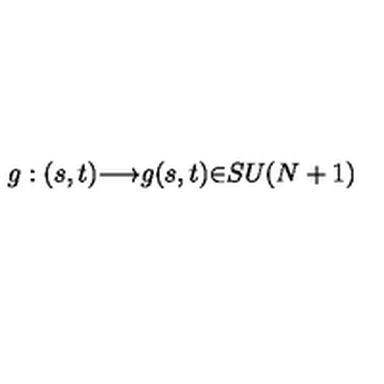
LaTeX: g : ( s , t ) { \longrightarrow } g ( s , t ) { \in } S U ( N + 1 )